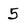
Character: 5